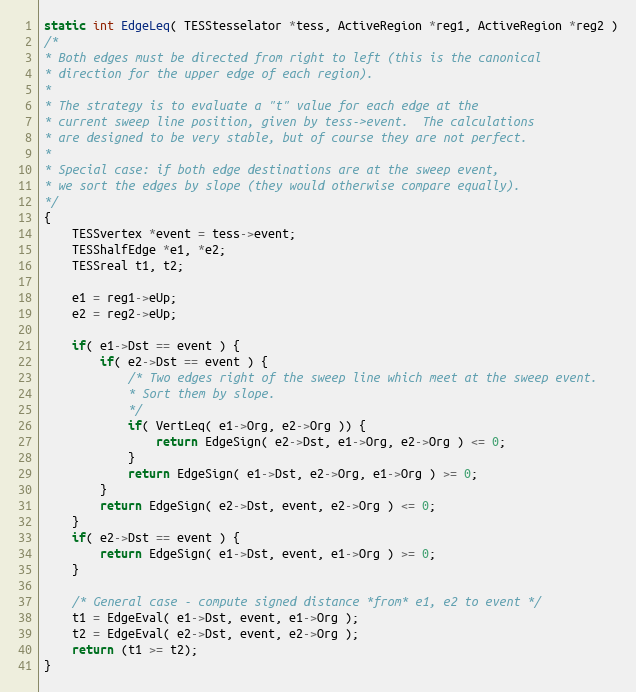
Language: C
static int EdgeLeq( TESStesselator *tess, ActiveRegion *reg1, ActiveRegion *reg2 )
/*
* Both edges must be directed from right to left (this is the canonical
* direction for the upper edge of each region).
*
* The strategy is to evaluate a "t" value for each edge at the
* current sweep line position, given by tess->event.  The calculations
* are designed to be very stable, but of course they are not perfect.
*
* Special case: if both edge destinations are at the sweep event,
* we sort the edges by slope (they would otherwise compare equally).
*/
{
	TESSvertex *event = tess->event;
	TESShalfEdge *e1, *e2;
	TESSreal t1, t2;

	e1 = reg1->eUp;
	e2 = reg2->eUp;

	if( e1->Dst == event ) {
		if( e2->Dst == event ) {
			/* Two edges right of the sweep line which meet at the sweep event.
			* Sort them by slope.
			*/
			if( VertLeq( e1->Org, e2->Org )) {
				return EdgeSign( e2->Dst, e1->Org, e2->Org ) <= 0;
			}
			return EdgeSign( e1->Dst, e2->Org, e1->Org ) >= 0;
		}
		return EdgeSign( e2->Dst, event, e2->Org ) <= 0;
	}
	if( e2->Dst == event ) {
		return EdgeSign( e1->Dst, event, e1->Org ) >= 0;
	}

	/* General case - compute signed distance *from* e1, e2 to event */
	t1 = EdgeEval( e1->Dst, event, e1->Org );
	t2 = EdgeEval( e2->Dst, event, e2->Org );
	return (t1 >= t2);
}